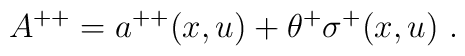
A^{++} = a^{++}(x, u) + \theta^{+}\sigma^+(x, u) \ .